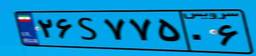
۲۶S۷۷۵۰۶